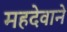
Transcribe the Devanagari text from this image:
महदेवाने